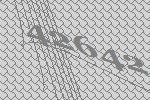
42642